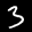
Label: 3